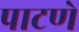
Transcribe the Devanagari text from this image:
पाटणे